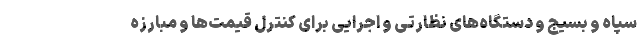
سپاه و بسیج و دستگاه‌های نظارتی و اجرایی برای کنترل قیمت‌ها و مبارزه